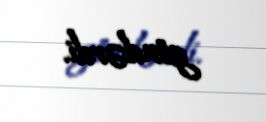
göndərdi.